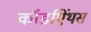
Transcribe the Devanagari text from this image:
कॉर्डाऐंथस